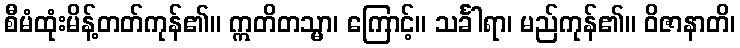
စီမံထုံးမိန့်တတ်ကုန်၏။ ဣတိတသ္မာ၊ ကြောင့်။ သင်္ခါရာ၊ မည်ကုန်၏။ ဝိဇာနာတိ၊